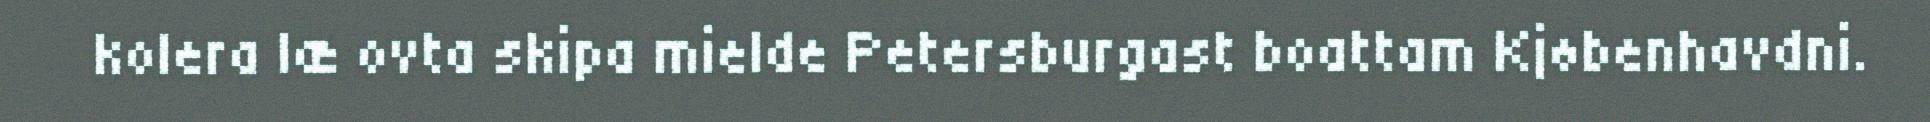
kolera læ ovta skipa mielde Petersburgast boattam Kjøbenhavdni.